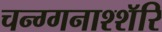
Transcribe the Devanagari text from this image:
चन्ग्गनाश्शॅरि